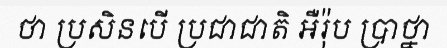
ថា ប្រសិនបើ ប្រជាជាតិ អឺរ៉ុប ប្រាថ្នា